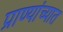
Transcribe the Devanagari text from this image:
प्राण्यांच्यात